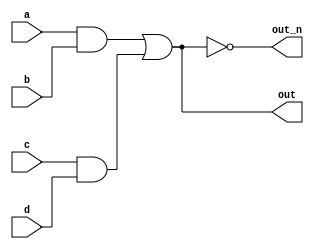
module top_module(
        input a, b , c, d, 
        output out, out_n);

    wire w1, w2;

    assign w1 = a&b;
    assign w2 = c&d;

    assign out = w1|w2;
    assign out_n = ~out;

    /*
        Second Way:
            wire w1, w2;
            
            and(w1, a, b);
            and(w2, a, b);

            or(out , w1, w2);
            not(out_n, out);

        Third Way:
            assign out = (a&b | c&d);
            assign out_n = ~(a&b | c&d);
     */

endmodule